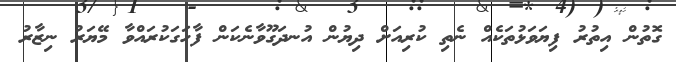
ގޮތުން އިތުރު ފިޔަވަޅުތަކެއް ނެތި ކުރިއަށް ދިޔުން އުނދަގޫވާނެކަން ފާހަގަކުރައްވާ މޭޔަރު ނިޒާރު